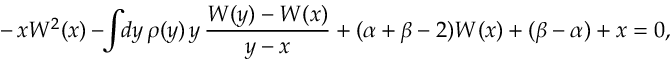
- \, x W ^ { 2 } ( x ) - \! \! \int \! \! d y \, \rho ( y ) \, y \, \frac { W ( y ) - W ( x ) } { y - x } + ( \alpha + \beta - 2 ) W ( x ) + ( \beta - \alpha ) + x = 0 ,